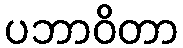
ပဘာဝိတာ